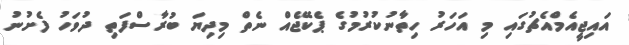
އައިޖީއެމްއެޗުގައި މި އަހަރު ހިތާނުކުރުމުގެ ޕެކޭޖެއް ނެތް މިދިޔަ ބުރާސްފަތި ދުވަހު ފެށުނު